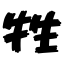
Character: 牲